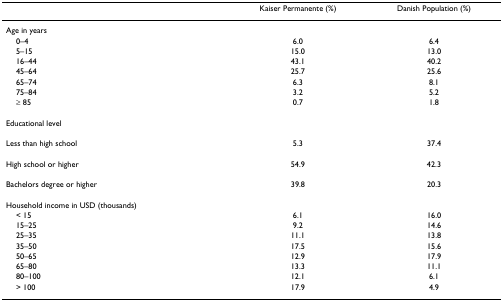
|  | Kaiser Permanente (%) | Danish Population (%) |
 | --- | --- | --- |
 | Age in years |  |  |
 | 0–4 | 6.0 | 6.4 |
 | 5–15 | 15.0 | 13.0 |
 | 16–44 | 43.1 | 40.2 |
 | 45–64 | 25.7 | 25.6 |
 | 65–74 | 6.3 | 8.1 |
 | 75–84 | 3.2 | 5.2 |
 | ≥ 85 | 0.7 | 1.8 |
 | Educational level |  |  |
 | Less than high school | 5.3 | 37.4 |
 | High school or higher | 54.9 | 42.3 |
 | Bachelors degree or higher | 39.8 | 20.3 |
 | Household income in USD (thousands) |  |  |
 | < 15 | 6.1 | 16.0 |
 | 15–25 | 9.2 | 14.6 |
 | 25–35 | 11.1 | 13.8 |
 | 35–50 | 17.5 | 15.6 |
 | 50–65 | 12.9 | 17.9 |
 | 65–80 | 13.3 | 11.1 |
 | 80–100 | 12.1 | 6.1 |
 | > 100 | 17.9 | 4.9 |